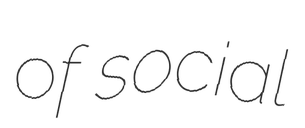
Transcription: of social